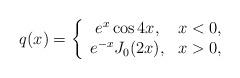
LaTeX: \begin{align*}q(x)=\left\{\begin{array}[c]{cc}e^{x}\cos4x, & x<0,\\e^{-x}J_{0}(2x), & x>0,\end{array}\right. \end{align*}